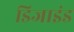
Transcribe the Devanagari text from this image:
डिजाइंड